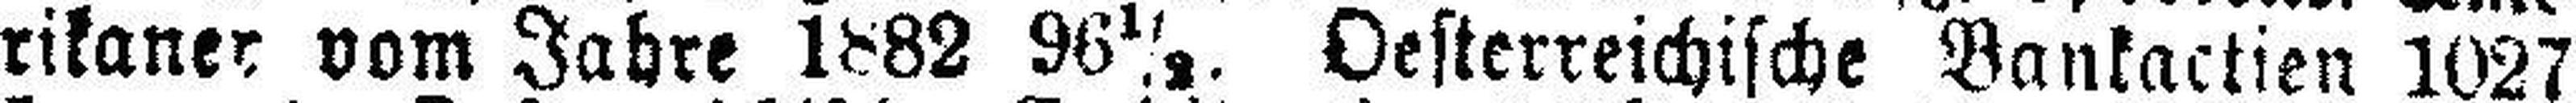
rikaner vom Jahre 1882 96½. Oesterreichische Bankactien 1027